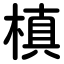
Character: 槙